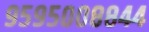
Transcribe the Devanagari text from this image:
९५९५००८८४४